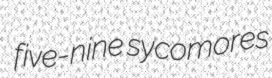
five-nine sycomores